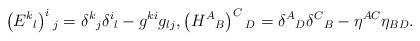
LaTeX: \begin{align*}\left(E^{k}{}_{l}\right)^{i}{}_{j}=\delta^{k}{}_{j}\delta^{i}{}_{l}-g^{ki}g_{lj},\left(H^{A}{}_{B}\right)^{C}{}_{D}=\delta^{A}{}_{D}\delta^{C}{}_{B}-\eta^{AC}\eta_{BD}.\end{align*}